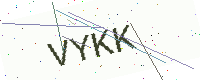
Text: VYKK